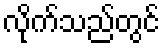
လိုက်သည်တွင်